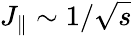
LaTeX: J_{\parallel}\sim 1/\sqrt{s}